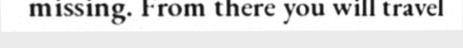
missing. From there you will travel